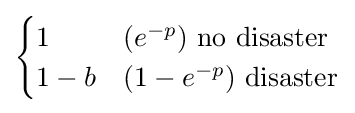
{\begin{cases}1&(e^{-p}){\mbox{ no disaster}}\\1-b&(1-e^{-p}){\mbox{ disaster}}\\\end{cases}}